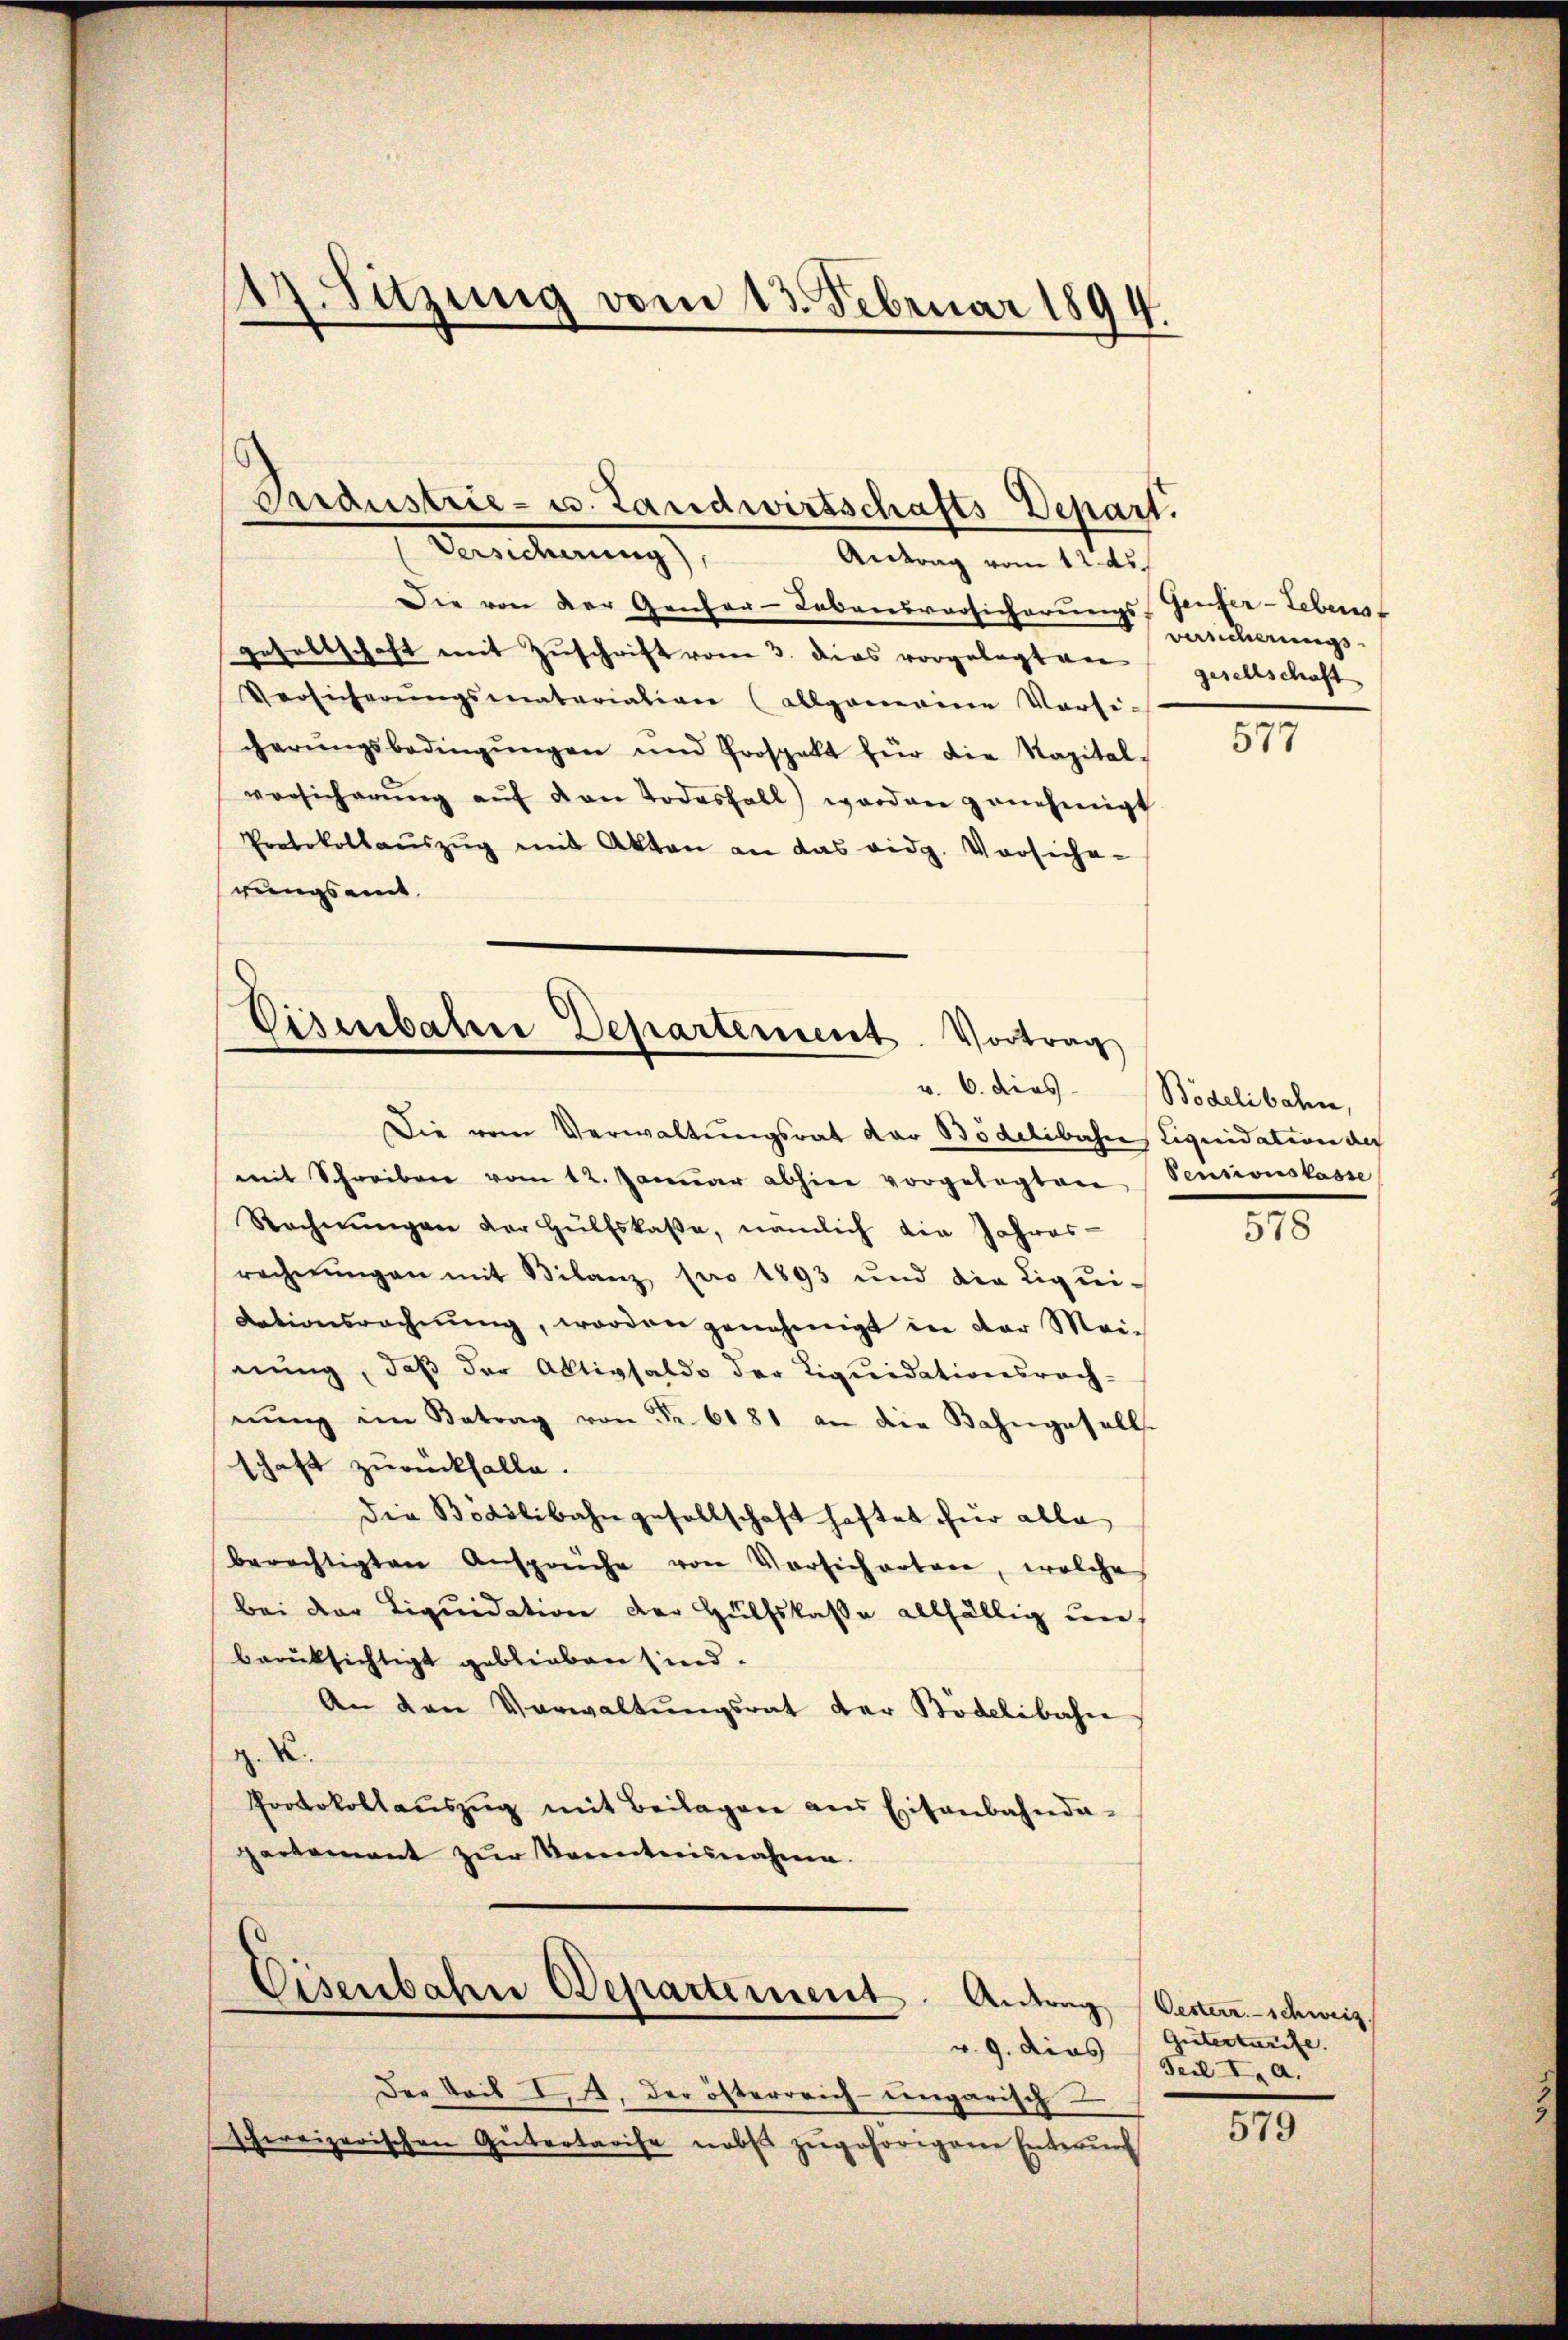
17. Sitzung vom 13. Februar 1894.

Die von der Genfer-Lebensvorsicherungs-Genfer-Lebenst
gesellschaft mit Zuschrift vom 3. dies vorgelegten
Versicherŭngsmateriation (allgemeine Versi-
cherŭngsbedingŭngen und Prospekt für die Kapital-
vorsicherŭng aŭf den Todesfall worden genehmigt
Protokollaŭszŭg mit Akten an das eidg. Vorsiche-
rungsmit

Eisenbahne Departement. Vortrag
v. 6. dies

Industrie- u. Landwirtschafts-Depart.
Ansicherung
Antrag vom 12. ds.

Visenbahn Departement. Antrag

Die vom Verwaltungsrat der Bödelibahre Liquidation der
mit Schreiben vom 12. Janŭar abhier vorgelegten Pensionskasse
Rechnŭngen der Hülfskaβe, nämlich die Jahres-
rechnŭngen mit Bilanz pro 1893 und die Liqui-
dationsrechnŭng, worden genehmigt in der Mei-
nŭng, daβ der Aktivsaldo der Liquidationsrach-
nŭng im Betrag von Fr. 6181 an die Bahngesells
schaft zurückfalle.
die Bödilibahn gesellschaft haftet für alle
berechtigten Ansprüche von Vorsich notare, welche
bei der Liquidation der Hülfskasse allfällig un
berüksichtigt geblieben sind.
An den Verwaltŭngsrat der Bödelibahn

Protokollaŭszŭg mit Beilagen ans Eisenbahnda-
pertement zur Kenntnisnahme.

v. 9. dies
Der Sail II. der österreich eingarisch
schweizerischen Gütertarise nebst zugehörigene Enterung

versicherungs
gesellschaft

577

Bödelibahn,

578

Gesterr. - Schweiz
Gütertarife.
Teil I, a.

579